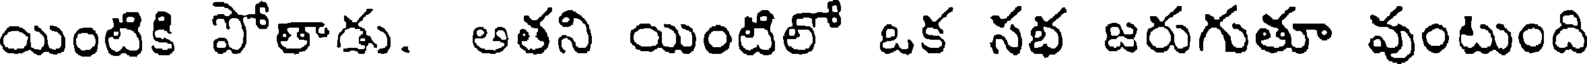
యింటికి పోతాడు. ఆతని యింటిలో ఒక సభ జరుగుతూ వుంటుంది